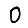
Digit: 0